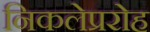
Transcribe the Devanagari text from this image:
निकलेप्ररोह